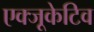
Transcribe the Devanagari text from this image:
एक्‍जूकेटिव